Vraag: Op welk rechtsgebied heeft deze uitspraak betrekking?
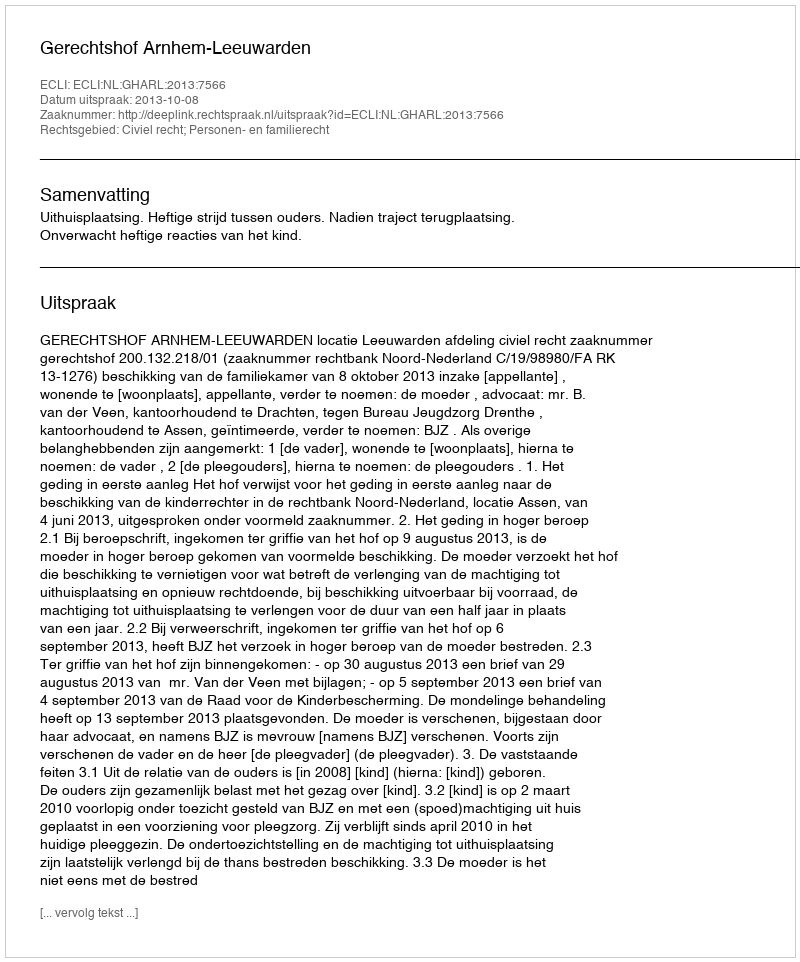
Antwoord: Civiel recht; Personen- en familierecht